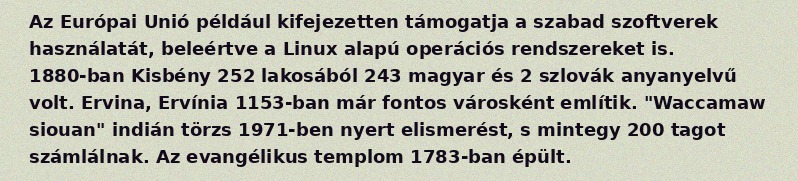
Az Európai Unió például kifejezetten támogatja a szabad szoftverek használatát, beleértve a Linux alapú operációs rendszereket is. 1880-ban Kisbény 252 lakosából 243 magyar és 2 szlovák anyanyelvű volt. Ervina, Ervínia 1153-ban már fontos városként említik. "Waccamaw siouan" indián törzs 1971-ben nyert elismerést, s mintegy 200 tagot számlálnak. Az evangélikus templom 1783-ban épült.